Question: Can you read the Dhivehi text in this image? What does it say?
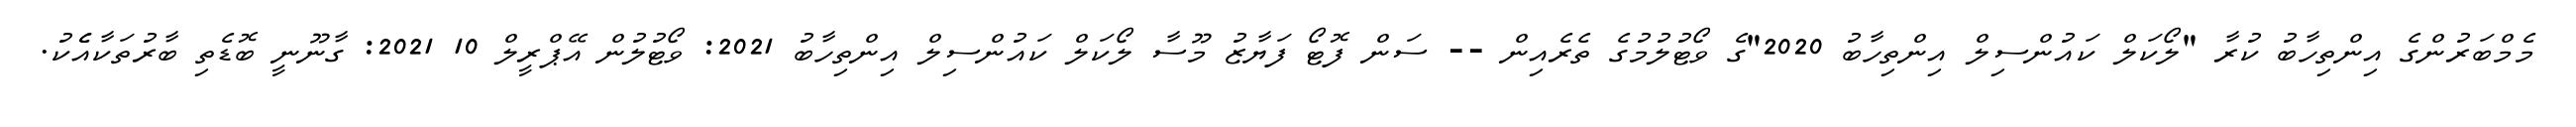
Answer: މެމްބަރުންގެ އިންތިހާބު ކުރާ "ލޯކަލް ކައުންސިލް އިންތިހާބު 2020"ގެ ވޯޓުލުމުގެ ތެރެއިން -- ސަން ފޮޓޯ ފަޔާޒު މޫސާ ލޯކަލް ކައުންސިލް އިންތިހާބު 2021: ވޯޓުލުން އޭޕްރީލް 10 2021: ގާނޫނީ ބޮޑެތި ބާރުތަކާއެެކު.